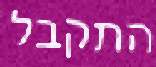
התקבל